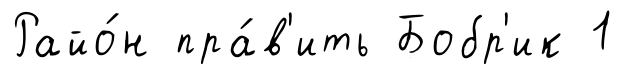
Райо́н пра́в'ить Бобр'ик 1